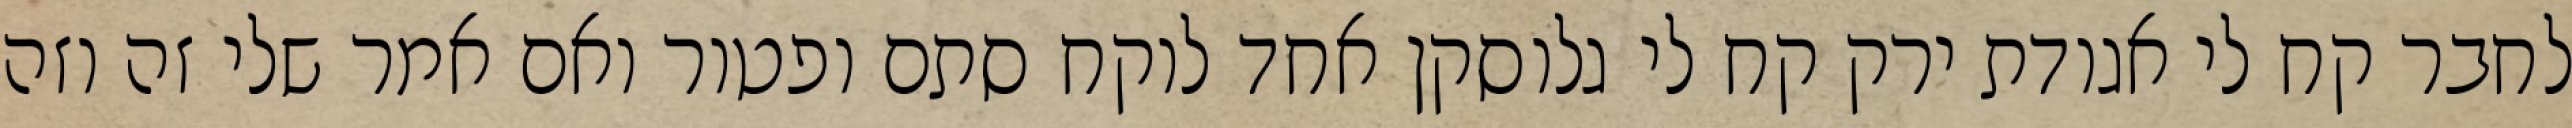
לחבר קח לי אגודת ירק קח לי גלוסקן אחד לוקח סתם ופטור ואם אמר שלי זה וזה